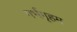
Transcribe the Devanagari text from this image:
गर्भगृहम